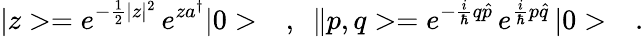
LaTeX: |z>=e^{-\frac{1}{2}|z|^{2}}\, e^{za^{\dagger}}|0>\ \ \ ,\ \ \| p,q>=e^{-\frac{i}{\hbar}q\hat{p}}\, e^{\frac{i}{\hbar}p\hat{q}}\, |0>\ \ \ .